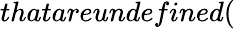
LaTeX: thatareundefined(